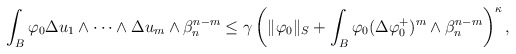
\begin{align*}\begin{aligned}\int_B\varphi_0 \Delta u_1\wedge\dots\wedge\Delta u_m\wedge\beta_n^{n-m}\leq \gamma\left(\|\varphi_0\|_S+\int_B \varphi_0(\Delta \varphi_0^{+})^m\wedge\beta_n^{n-m}\right)^\kappa,\end{aligned}\end{align*}